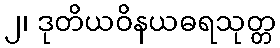
၂၊ ဒုတိယဝိနယဓရသုတ္တ